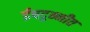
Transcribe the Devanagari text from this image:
ईषदुन्नीत